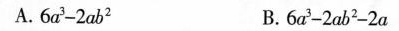
A.$$6 a ^ { 3 } - 2 a b ^ { 2 }$$ B.$$6 a ^ { 3 } - 2 a b ^ { 2 } - 2 a$$